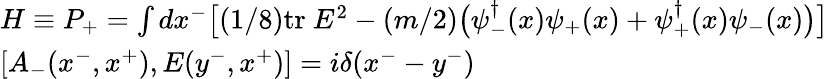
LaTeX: \begin{array}{l}{{H\equiv P_{+}=\int dx^{-}\big[(1/8)\mathrm{tr}~E^{2}-(m/2)\big(\psi_{-}^{\dagger}(x)\psi_{+}(x)+\psi_{+}^{\dagger}(x)\psi_{-}(x)\big)\big]}}\\ {{\left[A_{-}(x^{-},x^{+}),E(y^{-},x^{+})\right]=i\delta(x^{-}-y^{-})}}\end{array}